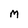
Character: M